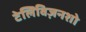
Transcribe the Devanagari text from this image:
टेलिविज़नशो